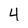
Character: 4